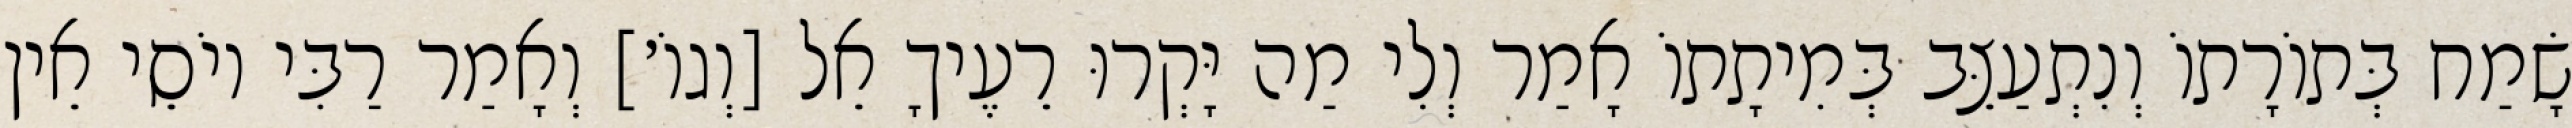
שָׂמַח בְּתוֹרָתוֹ וְנִתְעַצֵּב בְּמִיתָתוֹ אָמַר וְלִי מַה יָּקְרוּ רֵעֶיךָ אֵל [וְגוֹ׳] וְאָמַר רַבִּי יוֹסֵי אֵין